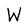
Character: W